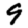
Digit: 9